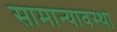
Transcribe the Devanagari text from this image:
सामान्यावस्था